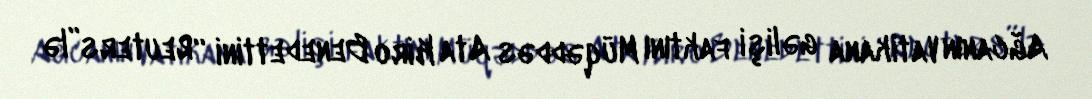
Ağcanın Vatikana gəlişi faktını Müqəddəs Ata Kiro Benedettini “Reuters”lə